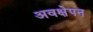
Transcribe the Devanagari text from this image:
अवक्षेपन